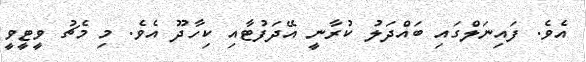
އެވެ. ފައިނަލްގައި ބައްދަލު ކުރާނީ އޭދަފުޓާއި ކިހާދޫ އެވެ. މި މެޗު ވީޓީވީ